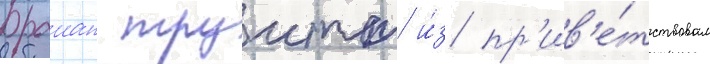
Браиан труитт и́з пр'ив'е́тствовал